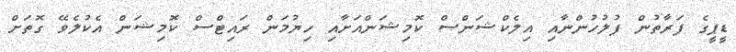
ޑީޕީގެ ފަރާތުން ފުލުހުންނާއި އިލެކްޝަންސް ކޮމިޝަންއަށާއި ހިޔުމަން ރައިޓްސް ކޮމިޝަން އެކުލެވޭ ގޮތަށް